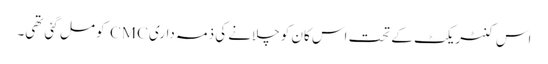
اس کنٹریکٹ کے تحت اس کان کو چلانے کی ذمہ داری CMC کو مل گئی تھی۔